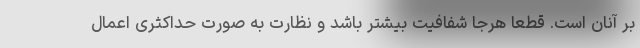
بر آنان است. قطعا هرجا شفافیت بیشتر باشد و نظارت به صورت حداکثری اعمال